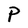
Character: P